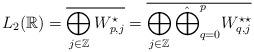
LaTeX: \begin{align*}L_{2}(\mathbb{R} ) = \overline{ \bigoplus_{j \in \mathbb{Z}} W_{p,j}^{\star} } = \overline{ \bigoplus_{j \in \mathbb{Z}} \hat{\bigoplus}_{q = 0}^{p} W_{q,j}^{\star \star} }\end{align*}